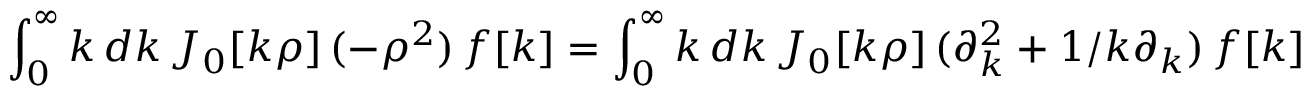
\int _ { 0 } ^ { \infty } k \, d k \, J _ { 0 } [ k \rho ] \, ( - \rho ^ { 2 } ) \, f [ k ] = \int _ { 0 } ^ { \infty } k \, d k \, J _ { 0 } [ k \rho ] \, ( \partial _ { k } ^ { 2 } + 1 / k \partial _ { k } ) \, f [ k ]